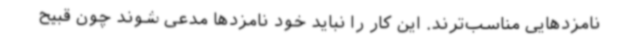
نامزدهایی مناسب‌ترند. این کار را نباید خود نامزدها مدعی شوند چون قبیح